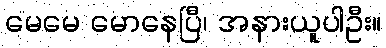
မေမေ မောနေပြီ၊ အနားယူပါဦး။